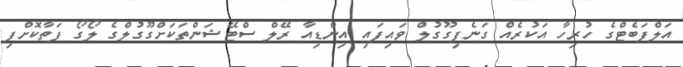
އަލްފަބެޓްގެ ހުރިހާ އަކުރެއް ގަނެފިގޫގުލް ވައިފައި އިންޑިއާ ރޭލް ސްޓޭޝަންތަކަށްގޫގުލްގެ ލޯގޯ ފަތާކޮށްފި